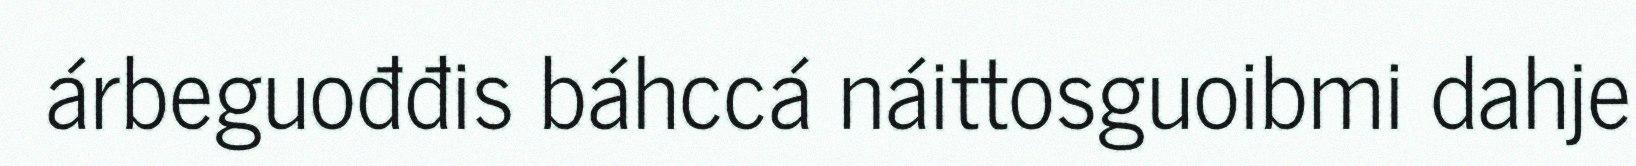
árbeguođđis báhccá náittosguoibmi dahje